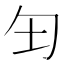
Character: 𫧀